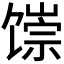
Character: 𬳐